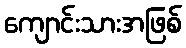
ကျောင်းသားအဖြစ်